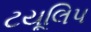
ટયૂલિપ